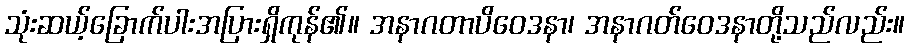
သုံးဆယ့်ခြောက်ပါးအပြားရှိကုန်၏။ အနာဂတာပိဝေဒနာ၊ အနာဂတ်ဝေဒနာတို့သည်လည်း။